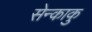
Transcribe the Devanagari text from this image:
सेन्काकु